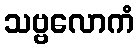
သဗ္ဗလောကံ